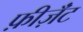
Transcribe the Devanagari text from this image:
फ़ीज़ॅंट